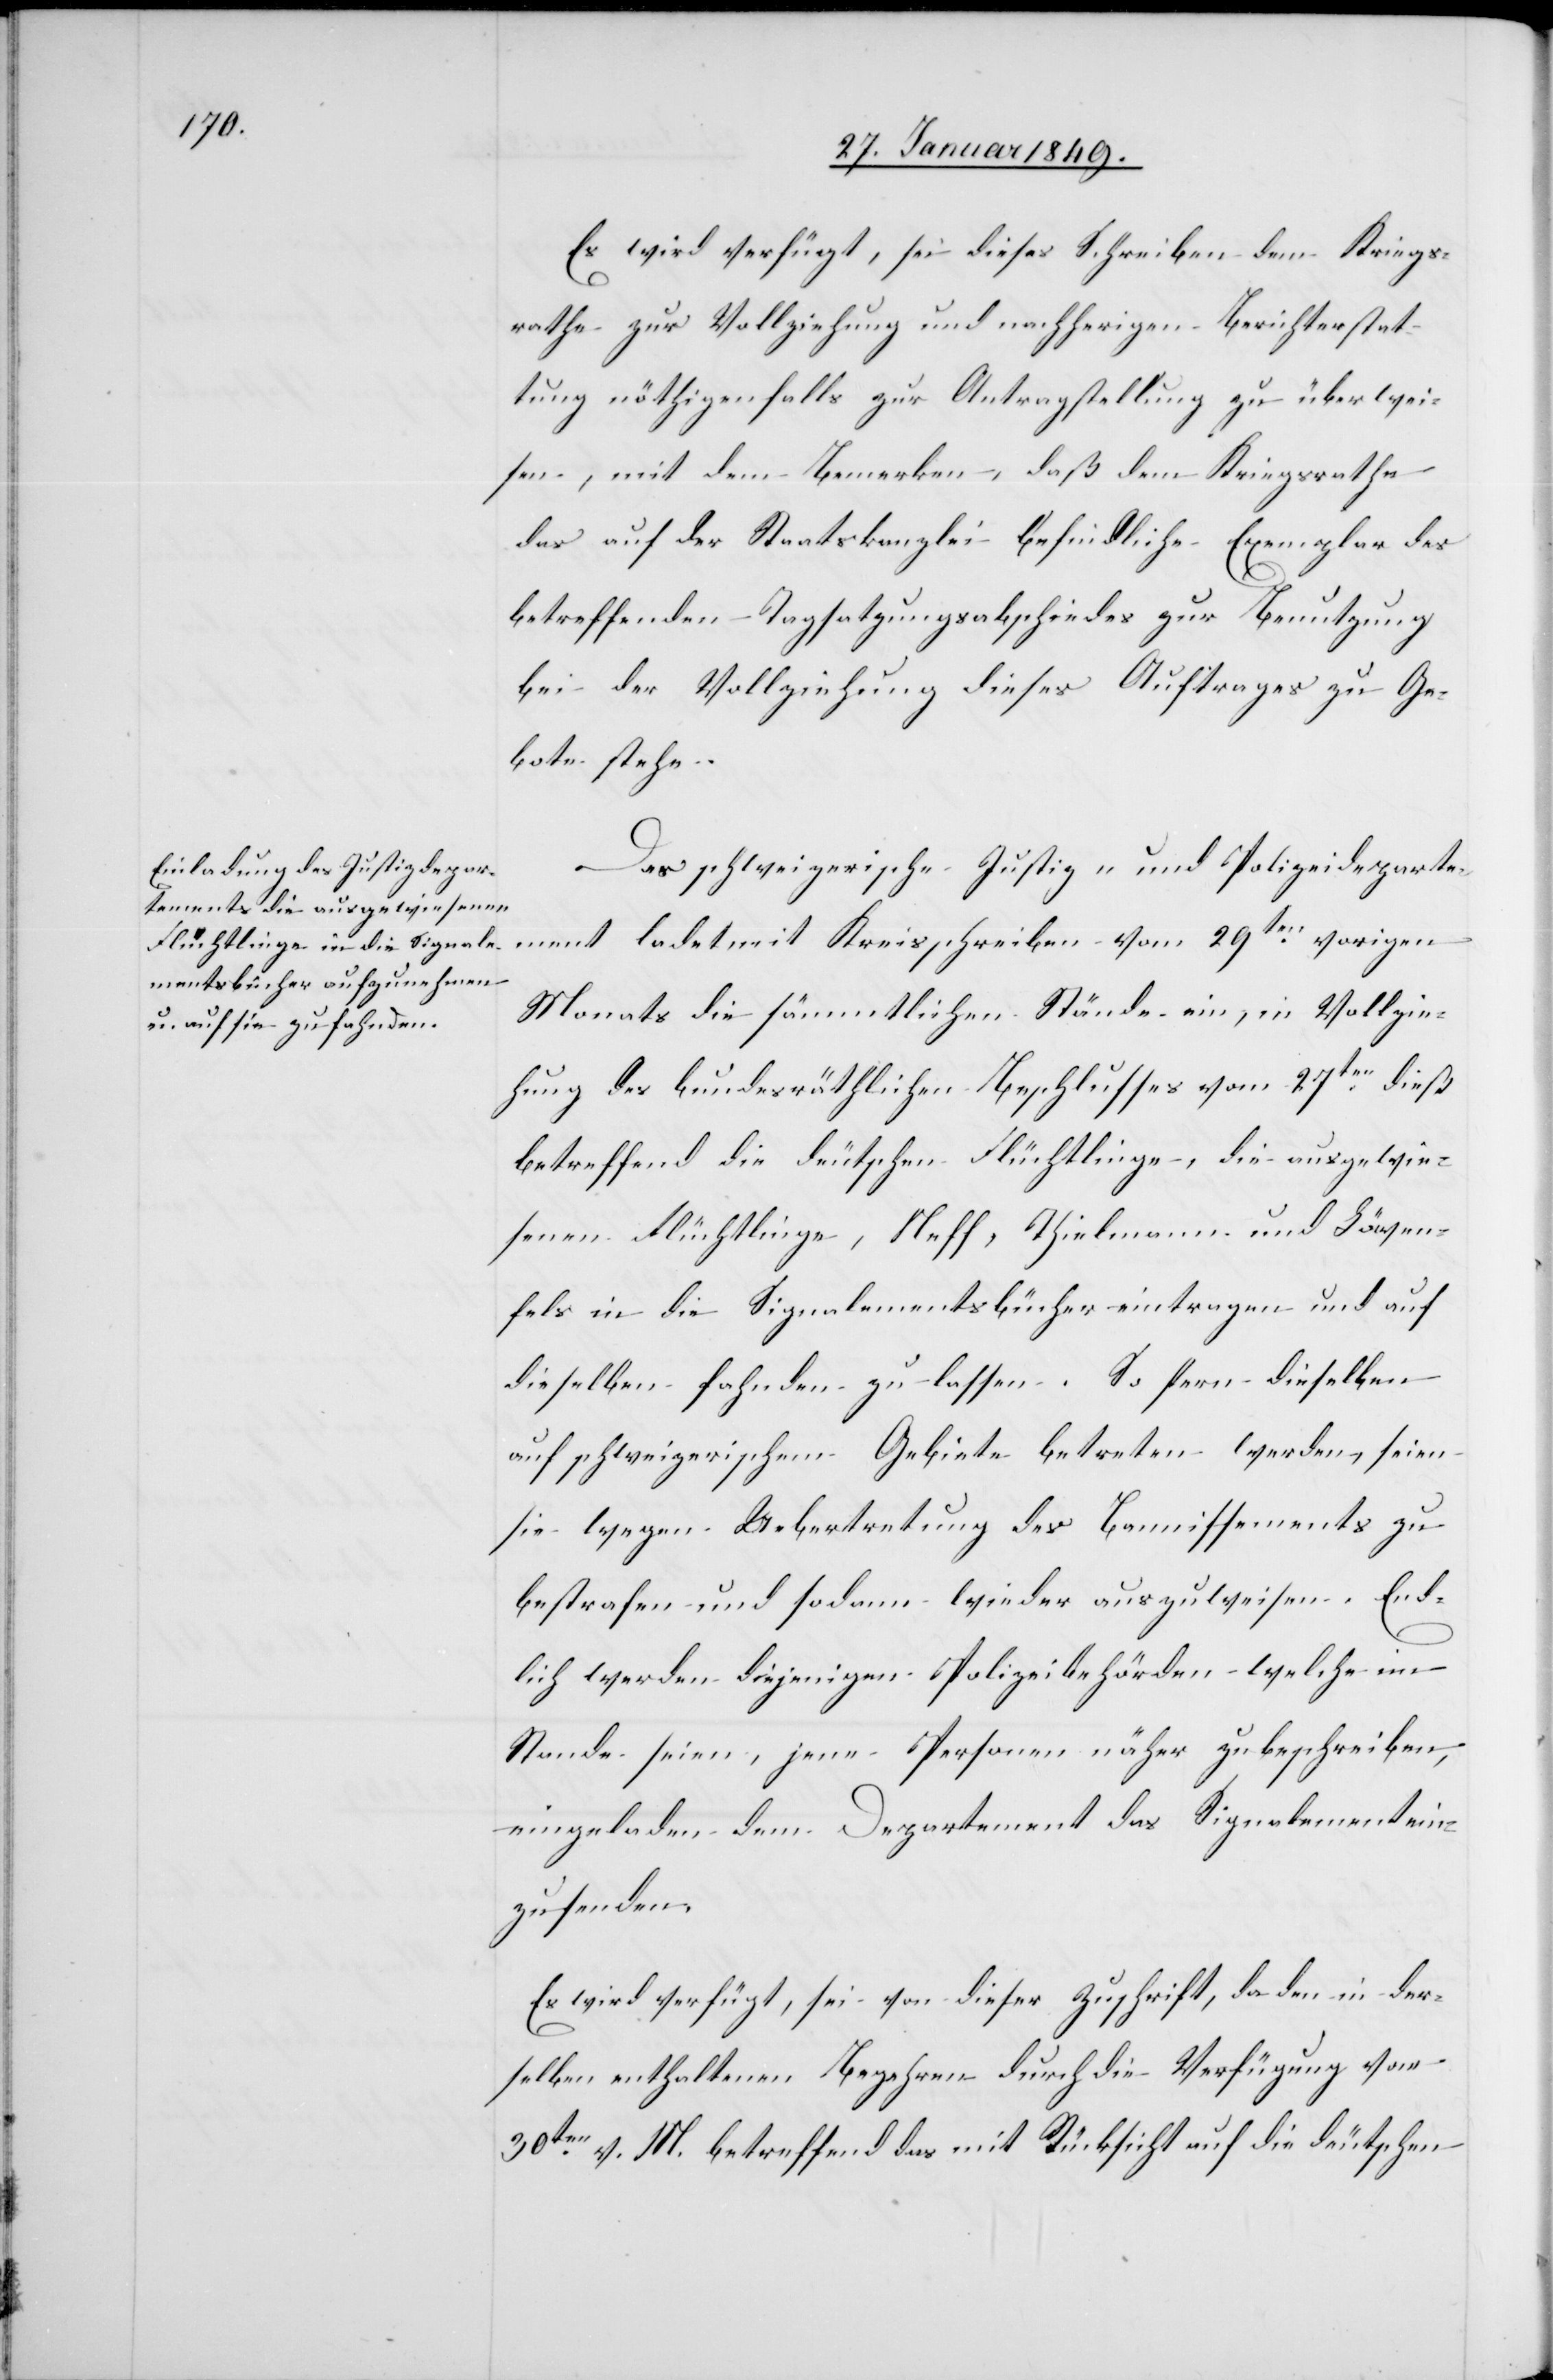
Es wird verfügt, sei dieses Schreiben dem Kriegs¬
rathe zur Vollziehung und nachherigen Berichterstat¬
tung nöthigenfalls zur Antragstellung zu überwei¬
sen, mit dem Bemerken, daß dem Kriegsrathe
das auf der Staatskanzlei befindliche Exemplar des
betreffenden Tagsatzungsabschiedes zur Benutzung
bei der Vollziehung dieses Auftrages zu Ge¬
bote stehe.
Das schweizerische Justiz- und Polizeideparte¬
ment ladet mit Kreisschreiben vom 29ten. vorigen
Monats die sämmtlichen Stände ein, in Vollzie¬
hung des bundesräthlichen Beschlusses vom 27ten. dieß
betreffend die deutschen Flüchtlinge, die ausgewie¬
senen Flüchtlinge, Neff, Thielmann und Löwen¬
fels in die Signalementsbücher eintragen und auf
dieselben fahnden zu lassen. So fern dieselben
auf schweizerischem Gebiete betreten werden, seien
sie wegen Uebertretung des Bannissements zu
bestrafen und sodann wieder auszuweisen. End¬
lich werden diejenigen Polizeibehörden welche im
Stande seien, jene Personen näher zu beschreiben,
eingeladen dem Departement das Signalement ein¬
zusenden.
Es wird verfügt, sei von dieser Zuschrift, da den in der¬
selben enthaltenen Begehren durch die Verfügung vom
30ten. v. M. betreffend das mit Rücksicht auf die deutschen